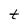
Character: t